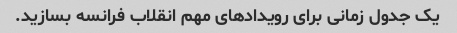
یک جدول زمانی برای رویدادهای مهم انقلاب فرانسه بسازید.